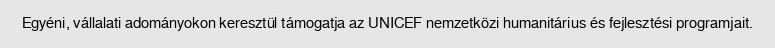
Egyéni, vállalati adományokon keresztül támogatja az UNICEF nemzetközi humanitárius és fejlesztési programjait.